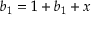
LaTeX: b _ { 1 } = 1 + b _ { 1 } + x